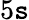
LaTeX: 5\mathtt{s}